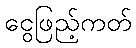
ငွေဖြည့်ကတ်